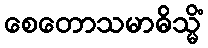
စေတောသမာဓိသ္မိံ